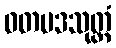
ဝတပဒသုတ္တံ